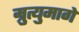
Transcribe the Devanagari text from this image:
म्रुत्युमागे